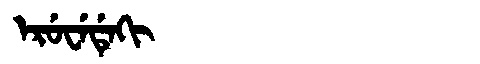
Manchu: ᡝᡵᡠᠸᡝᡩᡝᡴᡳ
Romanization: ERUWEDEKI